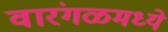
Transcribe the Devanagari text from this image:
वारंगळमध्ये